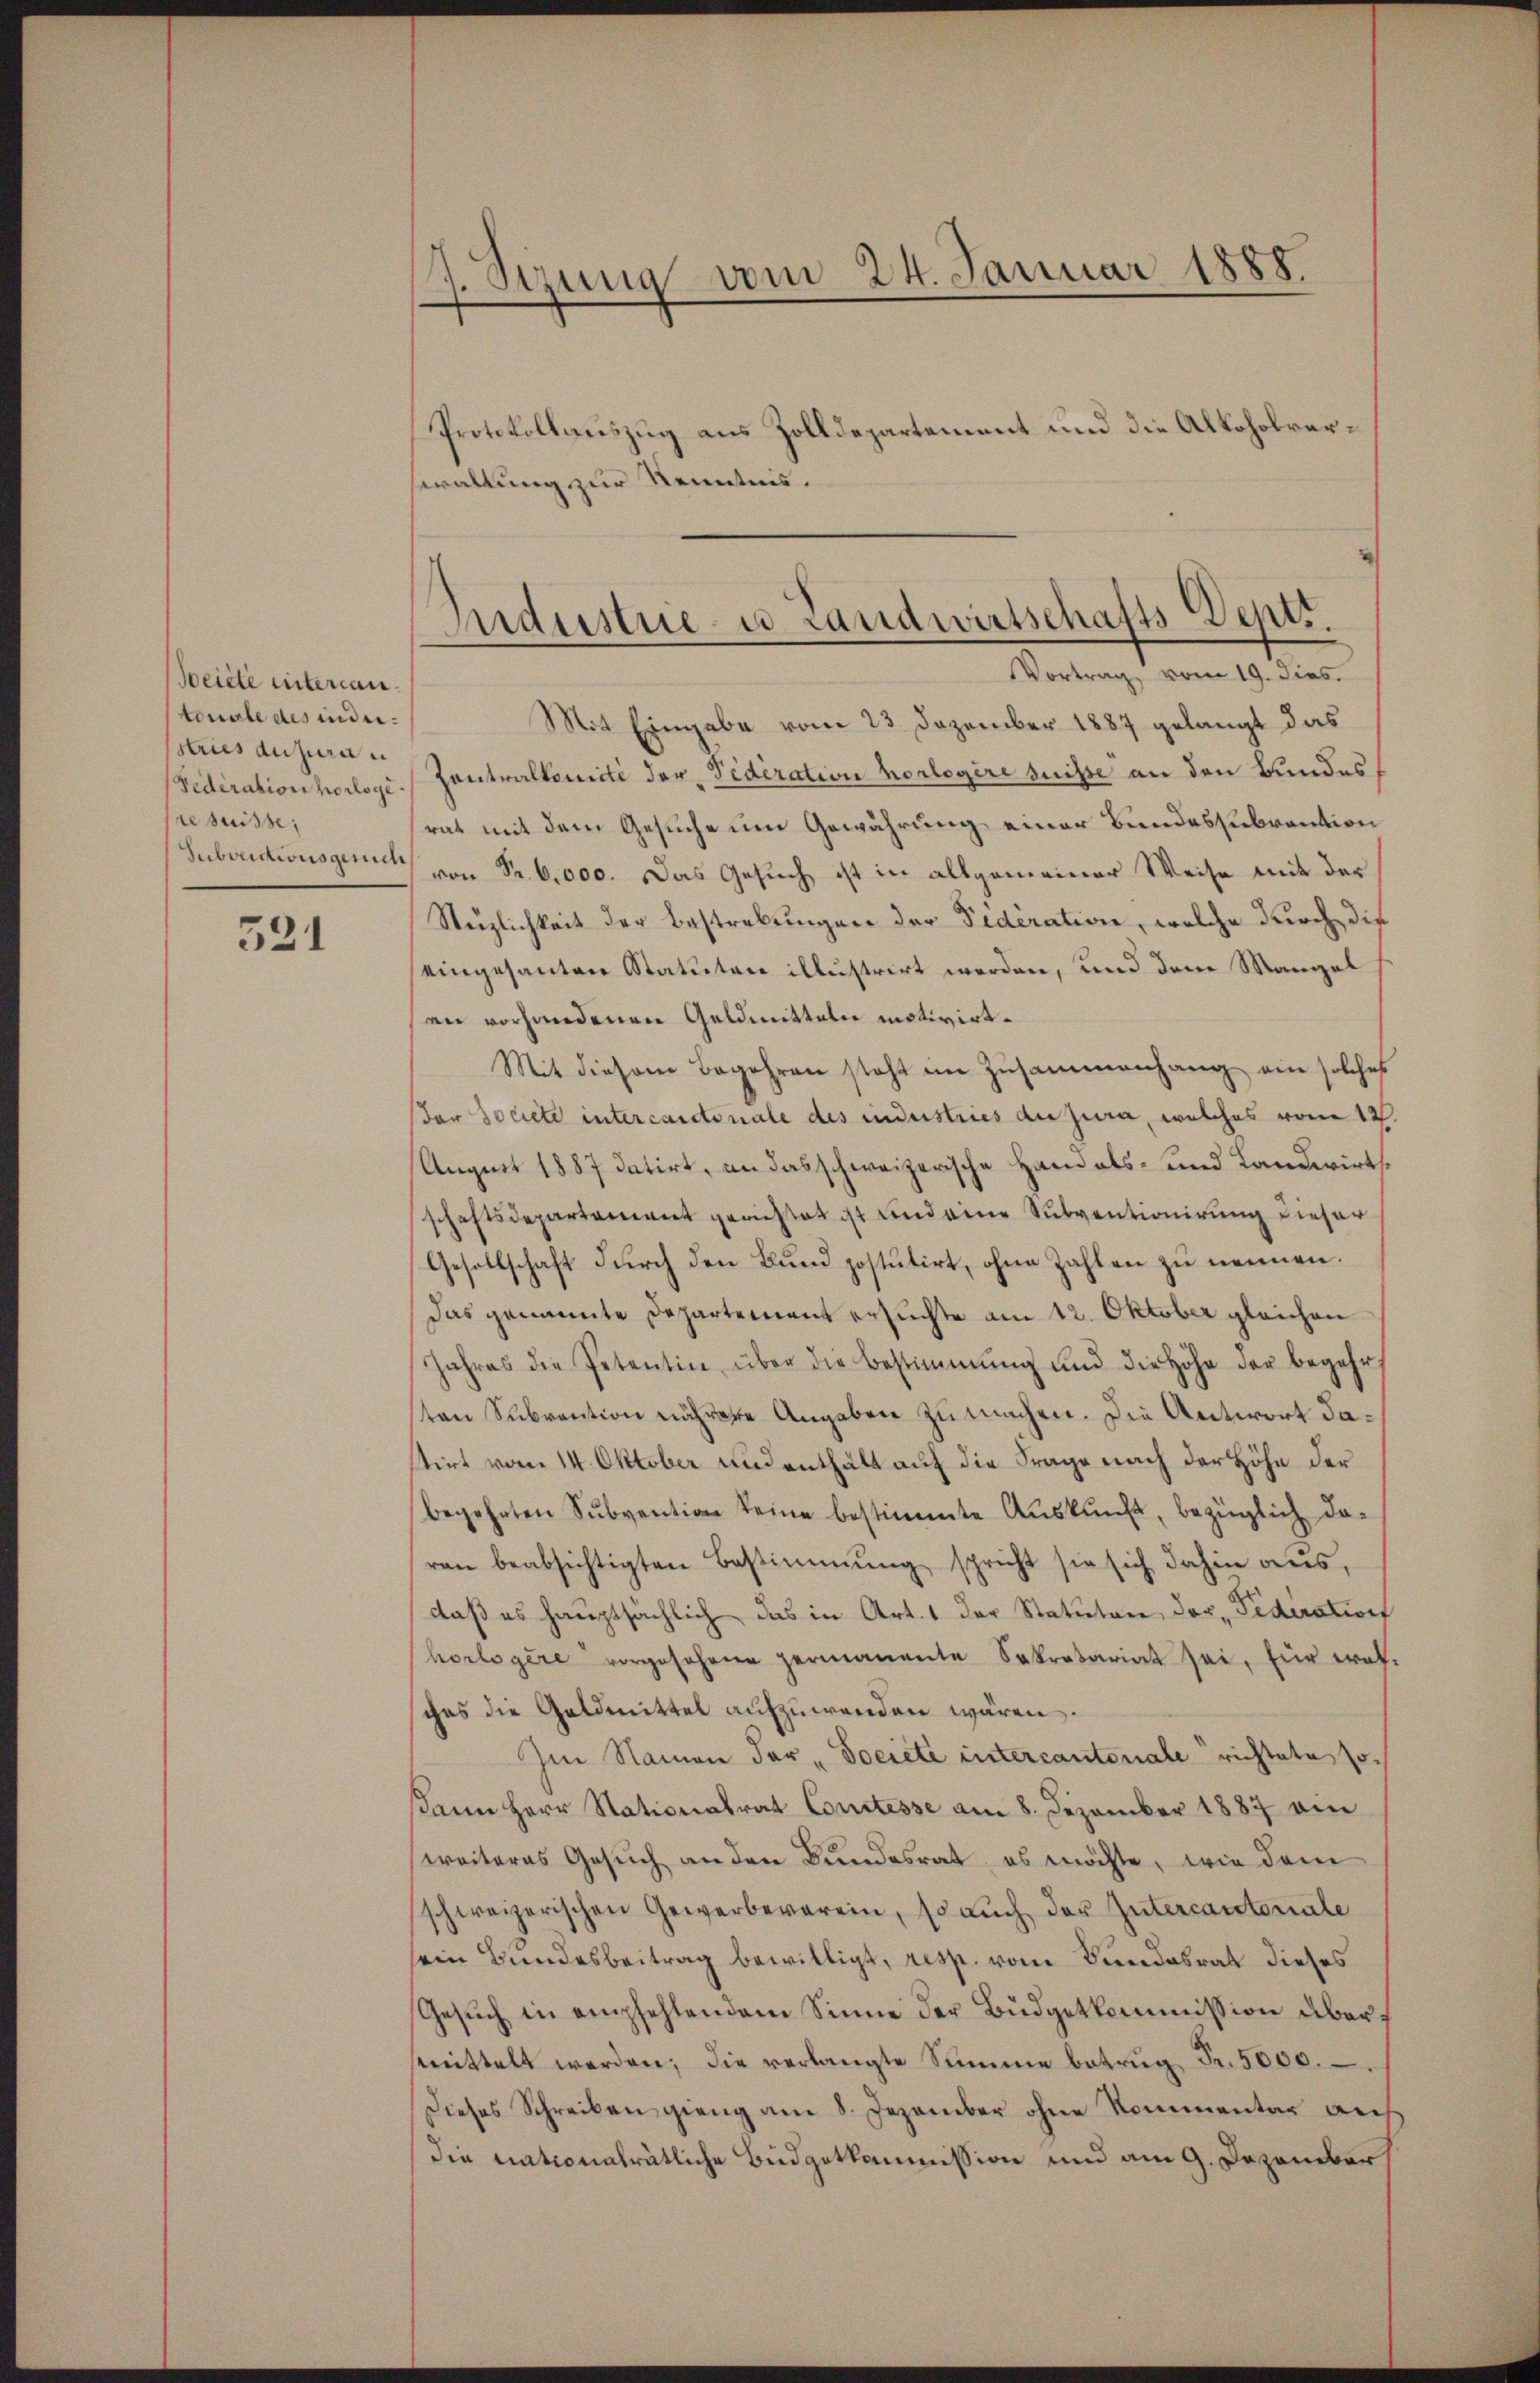
Beiete untercantonale des inde.
Estries du jura u
Federation hologi
e suisse,
Suboructionsgerich

521

.
etzung vom 24. Januar 1888.

Protokollauszug aus Zolldepartement und die Alkoholversewallung zur Kenntnis.

Industrie- u Landwirtschafts Dept.
Vortrag, vom 19. dies.

Mit Eingabe vom 23. Dezember 1887 gelangt das
Zentraltemnité der Federation vorlegere suisse an den Bundes
rat mit dem Gesuche um Gewährung einer Bundessubvention
von Sr. 6000. Das Gesuch ist in allgemeiner Weise mit der
Nüzlichkeit der Bestrebungen der Federation, welche durch die
eingesanten Statuten illustrirt werden, und dem Mangel
an vorhandenen Geldmitteln motivirt.
Mit diesem Begehren steht im Zusammenhang ein solches
(der Societe intercantonale des industries du jura, welches vom 12.
August 1887 datirt, an das schweizerische Hand als- und Landwirtsschaftsdepartement gerichtet ist und eine Subventionirung dieser
Gesellschaft durch den Bund postutirt, ohne Zahlen zu nennen.
Das genannte Departement ersuchte am 12. Oktober gleichen
Jahres die Petentin über die Bestimmung und die Höhe der begehr
ten Subvention nährere Angaben zu machen. Die Antwort dastirt vom 14. Oktober und enthält auf die Frage nach der Höhe der
begehrten Sŭbvention keine bestimmte Aŭskŭnft, bezüglich da-
ran beabsichtigten Bestimmung spricht sie sich dahin aus,
daß es hauptsächlich, das in Art. 1 der Statuten, der Pederation
horlogere vorgesehene permanente Sekretariat sei, für eröfsches die Geldmittel aufzuwenden wären.
Im Namen der "Societe intercantonale richtete Josann Herr Stationalrat Constesse am 8. Dezember 1887 am
weiteres Gesuch an den Bundesrat, es möchte, wie dem
schweizerischen Gewerbeverein, so auch der Gütercantonale
sein Bundesbeitrag bewilligt, resp. vom Bundesrat dieses
Gesuch in empfehlendem Sinne der Büdgetkommission übermittelt werden; die verlangte Summe betrug Fr. 5000.
Dieses Schreiben gieng am 8. Dezember ohne Kommentar auf
die nationalrätliche Budgetkommission und am 9. Dezember